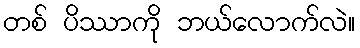
တစ် ပိဿာကို ဘယ်လောက်လဲ။